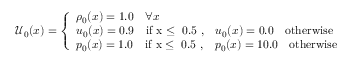
\mathcal { U } _ { 0 } ( x ) = \left\{ \begin{array} { l l } { \rho _ { 0 } ( x ) = 1 . 0 \quad \forall x } \\ { u _ { 0 } ( x ) = 0 . 9 \quad \mathrm { i f ~ x \leq ~ 0 . 5 ~ , } \quad u _ { 0 } ( x ) = 0 . 0 \quad \mathrm { o t h e r w i s e } } \\ { p _ { 0 } ( x ) = 1 . 0 \quad \mathrm { i f ~ x \leq ~ 0 . 5 ~ , } \quad p _ { 0 } ( x ) = 1 0 . 0 \quad \mathrm { o t h e r w i s e } } \end{array} \right.